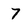
Character: 7